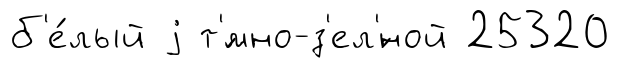
б'е́лый j т'́мно-з'ел'́ной 25320